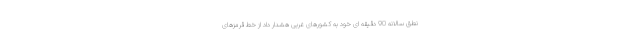
نطق سالانه 90 دقیقه ای خود به کشورهای غربی هشدار داد از خط قرمزهای